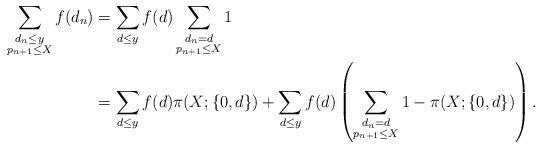
LaTeX: \begin{align*}\sum_{\substack{d_n\le y \\ p_{n+1}\le X}}f(d_n)&=\sum_{d\le y}f(d)\sum_{\substack{d_n=d\\ p_{n+1}\le X}}1\\&=\sum_{d\le y}f(d)\pi(X; \{0, d\})+\sum_{d\le y}f(d)\left(\sum_{\substack{d_n=d\\p_{n+1}\le X}}1-\pi(X; \{0, d\})\right).\end{align*}